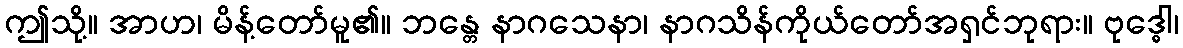
ဤသို့။ အာဟ၊ မိန့်တော်မူ၏။ ဘန္တေ နာဂသေနာ၊ နာဂသိန်ကိုယ်တော်အရှင်ဘုရား။ ဗုဒ္ဓေါ၊